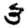
Digit: 3